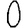
Digit: 0